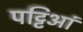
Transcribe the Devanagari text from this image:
पट्टिआं